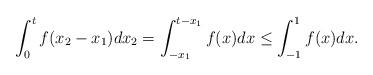
LaTeX: \begin{align*}\int_0^t f(x_2-x_1)dx_2=\int_{-x_1}^{t-x_1} f(x)dx \le \int_{-1}^{1}f(x)dx.\end{align*}